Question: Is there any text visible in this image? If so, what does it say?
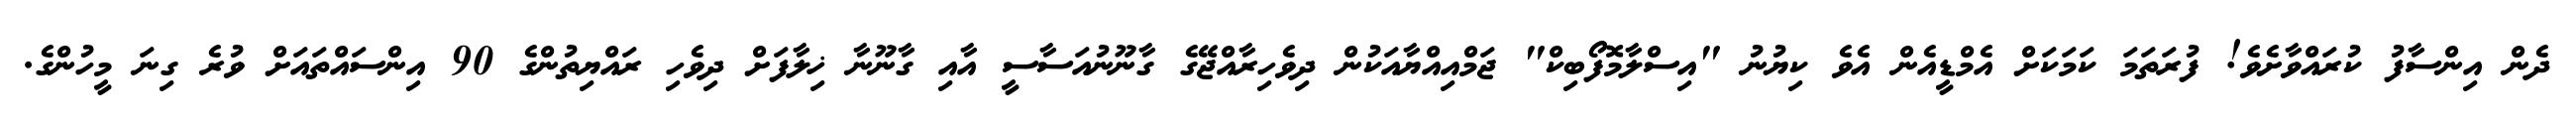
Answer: ދެން އިންސާފު ކުރައްވާށެވެ! ފުރަތަމަ ކަމަކަށް އެމްޑީއެން އެވެ ކިޔުނު "އިސްލާމޮފޯބިކް" ޖަމްއިއްޔާއަކުން ދިވެހިރާއްޖޭގެ ގާނޫނުއަސާސީ އާއި ގާނޫނާ ޚިލާފަށް ދިވެހި ރައްޔިތުންގެ 90 އިންސައްތައަށް ވުރެ ގިނަ މީހުންގެ.